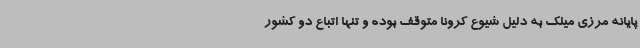
پایانه مرزی میلک به دلیل شیوع کرونا متوقف بوده و تنها اتباع دو کشور